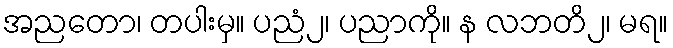
အညတော၊ တပါးမှ။ ပညံ၂၊ ပညာကို။ န လဘတိ၂၊ မရ။